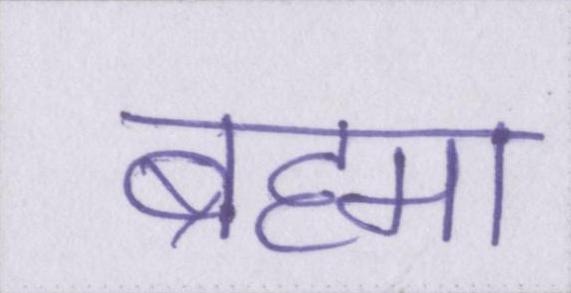
ब्रह्मा